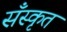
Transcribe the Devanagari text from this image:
सँस्कृत